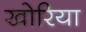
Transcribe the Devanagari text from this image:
खोरिया